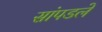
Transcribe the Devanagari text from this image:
सांपडले